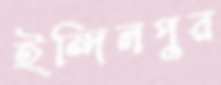
ইন্দিলপুর